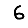
Digit: 6